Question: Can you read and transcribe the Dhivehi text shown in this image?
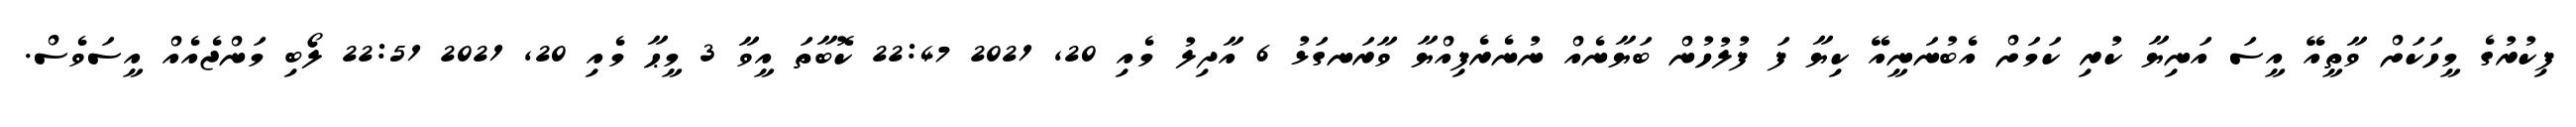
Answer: ފިކުރުގެ މީހަކަށް ވާތީއޭ އީސަ އަނިޔާ ކުރި ކަމަށް އެބުނަނީއޭ ކިޔާ ފަ ފުލުހުން ބަޔާނެއް ނުނެރެފިއްޔާ ވާރަނގަޅު 6 އާދިލު މެއި 20, 2021 22:47 ކޮބާތަ އީވާ 3 މީޙާ މެއި 20, 2021 22:51 ލޯބި މަންޖެއެއް އީސަވެސް.